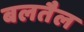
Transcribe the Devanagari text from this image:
बलतैल